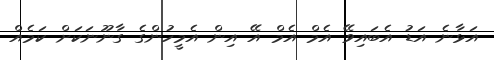
އަޅާނެ އަޑު އެބައިވޭ އެމް އެމް އޭ އިން އެމީހުންގެ ގާނޫނަކަށް ކަމެއް